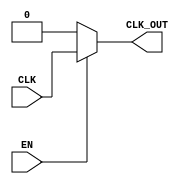
module clock_gating (
    input wire CLK,      // Primary clock signal
    input wire EN,       // Enable signal
    output wire CLK_OUT  // Gated clock output
);

// Internal signals
wire EN_B; // Inverted enable signal

// Invert the enable signal
assign EN_B = ~EN;

// Transmission gate implementation
// PMOS and NMOS transistors modeled as gates
assign CLK_OUT = (EN) ? CLK : 1'b0; // When EN is high, pass CLK; otherwise, output 0

endmodule